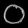
Digit: ၀